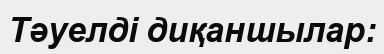
Тәуелді диқаншылар: